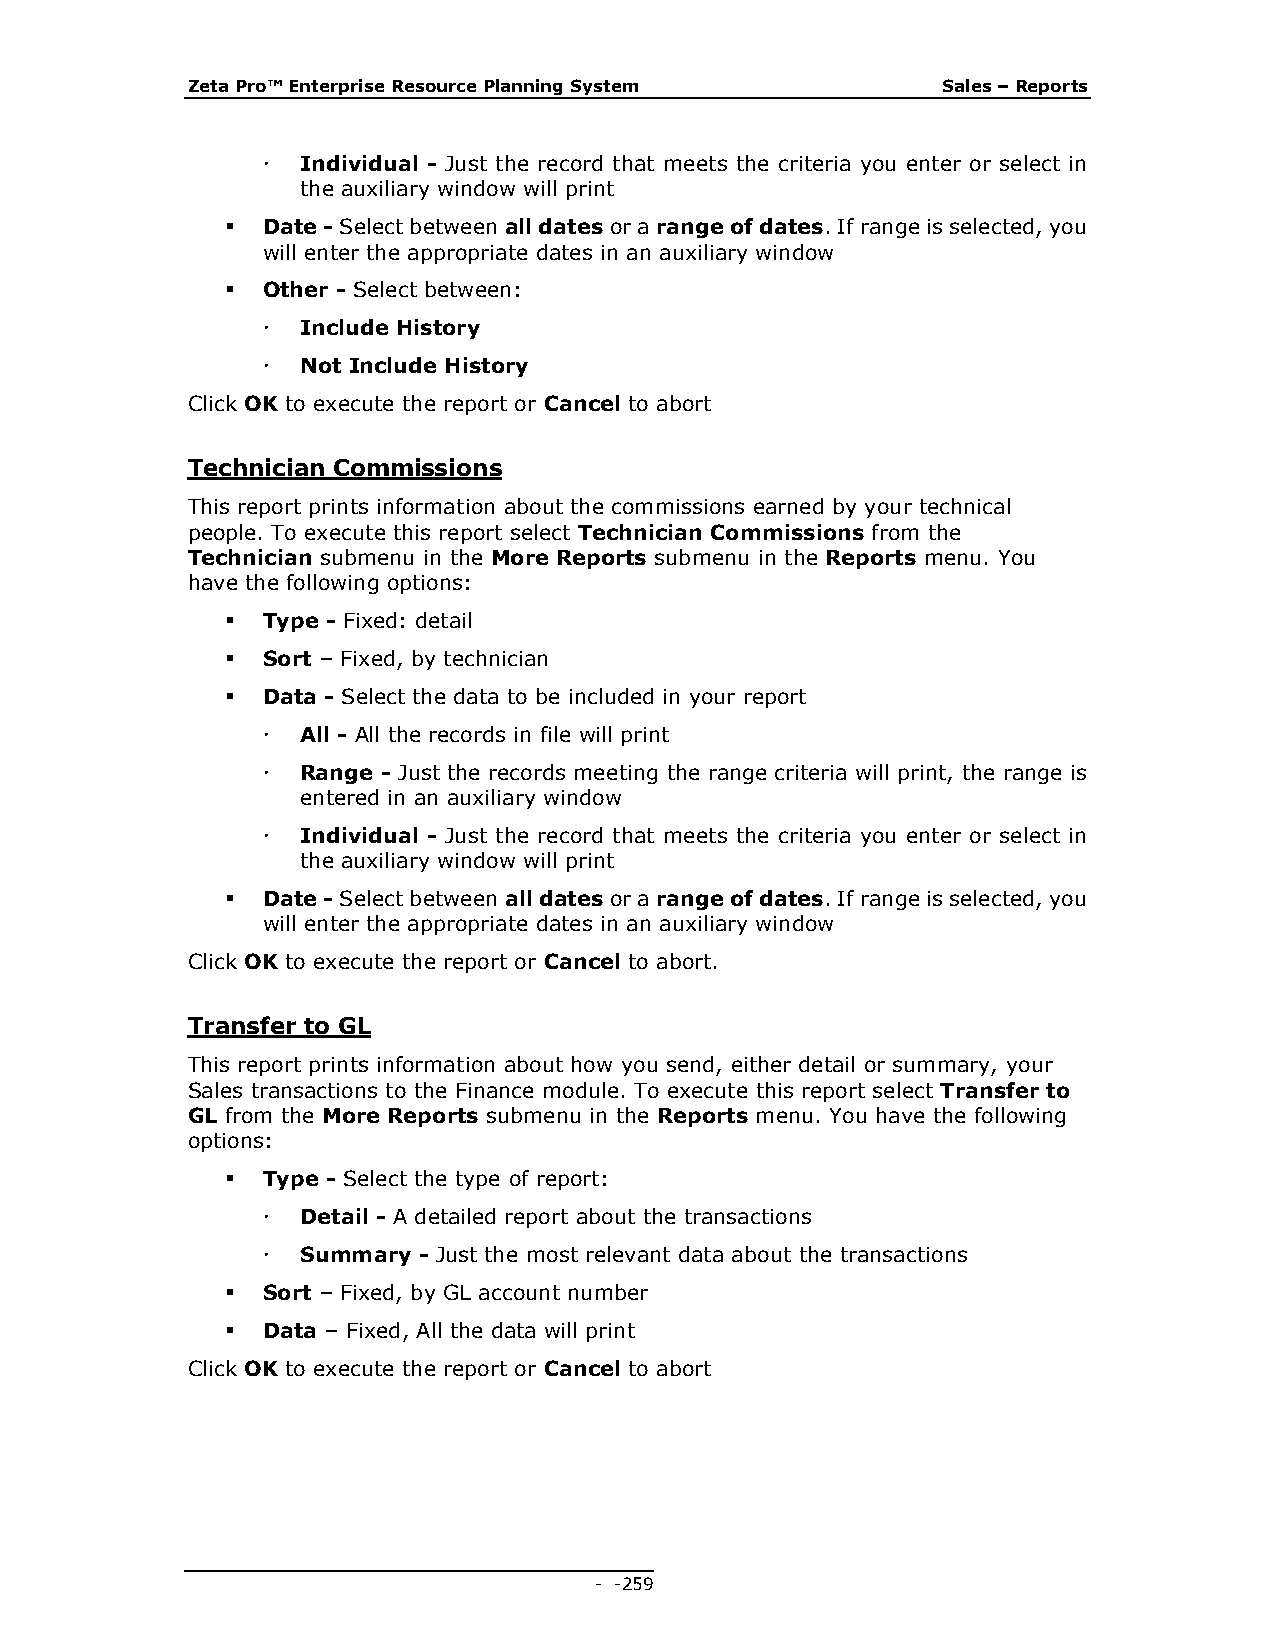
Zeta Pro™ Enterprise Resource Planning System     Sales – Reports
   Individual - Just the record that meets the criteria you enter or select in
 the auxiliary window will print
  Date - Select between all dates or a range of dates. If range is selected, you
 will enter the appropriate dates in an auxiliary window
  Other - Select between:
   Include History
   Not Include History
 Click OK to execute the report or Cancel to abort
 Technician Commissions
 This report prints information about the commissions earned by your technical
 people. To execute this report select Technician Commissions from the
 Technician submenu in the More Reports submenu in the Reports menu. You
 have the following options:
  Type - Fixed: detail
  Sort – Fixed, by technician
  Data - Select the data to be included in your report
   All - All the records in file will print
   Range - Just the records meeting the range criteria will print, the range is
 entered in an auxiliary window
   Individual - Just the record that meets the criteria you enter or select in
 the auxiliary window will print
  Date - Select between all dates or a range of dates. If range is selected, you
 will enter the appropriate dates in an auxiliary window
 Click OK to execute the report or Cancel to abort.
 Transfer to GL
 This report prints information about how you send, either detail or summary, your
 Sales transactions to the Finance module. To execute this report select Transfer to
 GL from the More Reports submenu in the Reports menu. You have the following
 options:
  Type - Select the type of report:
   Detail - A detailed report about the transactions
   Summary - Just the most relevant data about the transactions
  Sort – Fixed, by GL account number
  Data – Fixed, All the data will print
 Click OK to execute the report or Cancel to abort
 - - 259